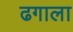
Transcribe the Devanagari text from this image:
ढगाला